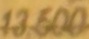
13.500